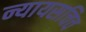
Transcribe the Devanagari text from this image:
न्यायसचिव